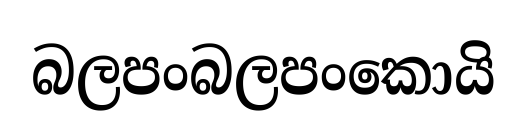
බලපංබලපංකොයි